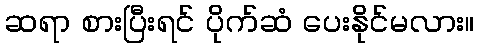
ဆရာ စားပြီးရင် ပိုက်ဆံ ပေးနိုင်မလား။